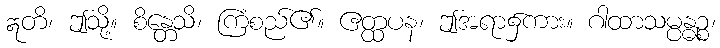
ဣတိ၊ ဤသို့။ စိန္တေသိ၊ ကြံစည်၏။ ဧတ္ထပန၊ ဤအရာ၌ကား။ ဂါထာသမ္ပန္ဓဉ္စ၊